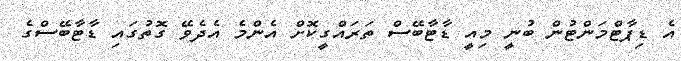
އެ ޑިޕާޓްމަންޓުން ބުނީ މިއީ ޑާޓާބޭސް ތަރައްގީކޮށް އެންމެ އެދެވޭ ގޮތުގައި ޑާޓާބޭސްގެ